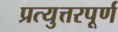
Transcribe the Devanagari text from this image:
प्रत्युत्तरपूर्ण